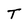
Character: T